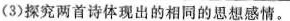
(3)探究两首诗体现出的相同的思想感情。